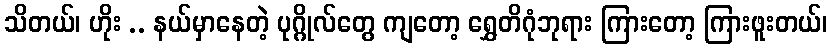
သိတယ်၊ ဟိုး .. နယ်မှာနေတဲ့ ပုဂ္ဂိုလ်တွေ ကျတော့ ရွှေတိဂုံဘုရား ကြားတော့ ကြားဖူးတယ်၊